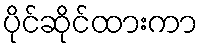
ပိုင်ဆိုင်ထားကာ